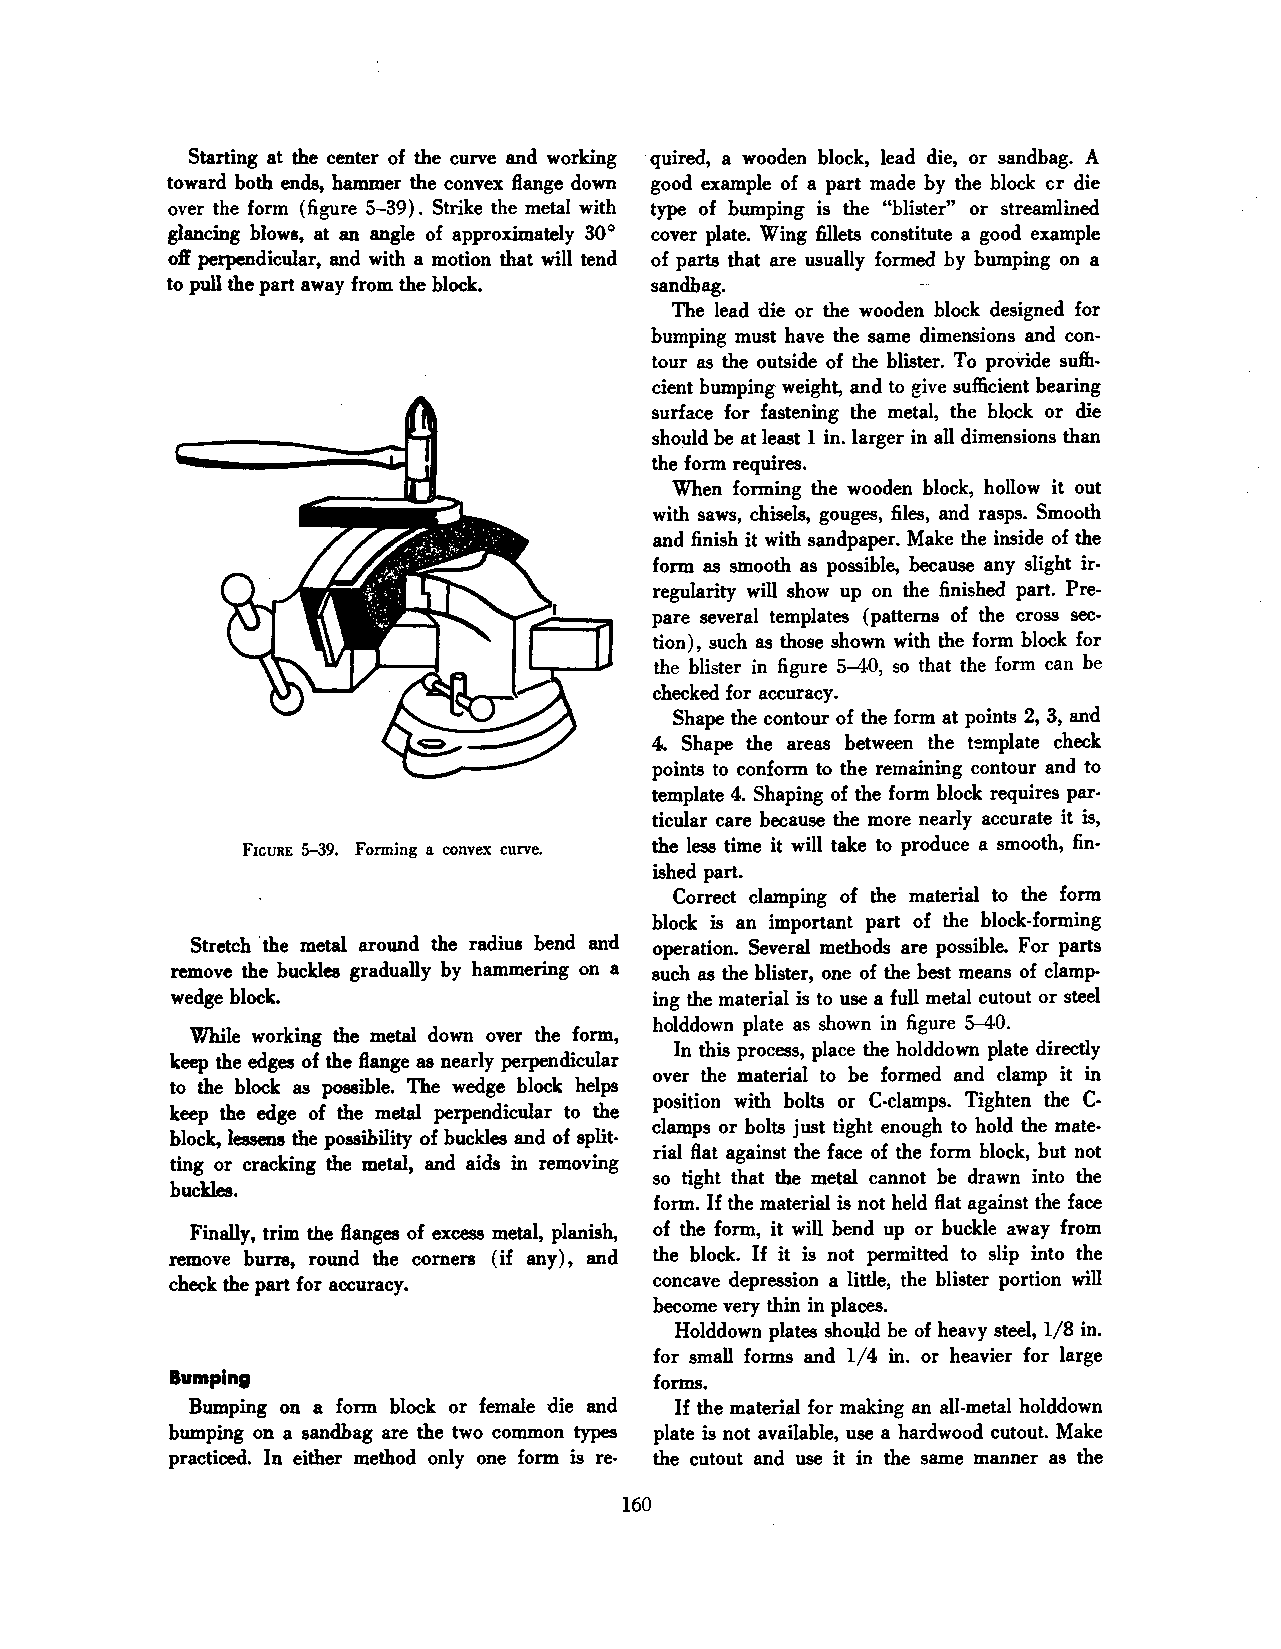
Starting at the center of the curve and working · quired, a wooden block, lead die, or sandbag. A
 toward both ends, hammer the convex flange down good example of a part made by the block cr die
 over the form (figure 5-39). Strike the metal with type of bumping is the "blister" or streamlined
 glancing blows, at an angle of approximately 30° cover plate. Wing fillets constitute a good example
 off perpendicular, and with a motion that will tend of parts that are usually formed by bumping on a
 to pull the part away from the block. sandbag.
 The lead die or the wooden block designed for
 bumping must have the same dimensions and con
 tour as the outside of the blister. To provide sufh
 cient bumping weight, and to give sufficient bearing
 surface for fastening the metal, the block or die
 should be at least l in. larger in all dimensions than
 the form requires.
 When forming the wooden block, hollow it out
 with saws, chisels, gouges, files, and rasps. Smooth
 and finish it with sandpaper. Make the inside of the
 form as smooth as possible, because any slight ir
 regularity will show up on the finished part. Pre
 pare several templates (patterns of the cross sec
 tion), such as those shown with the form block for
 the blister in figure 5-40, so that the form can be
 checked for accuracy.
 Shape the contour of the form at points 2, 3, and
 4. Shape the areas between the template check
 points to conform to the remaining contour and to
 template 4. Shaping of the form block requires par
 ticular care because the more nearly accurate it is,
 FIGURE 5-39. Forming a convex curve. the less time it will take to produce a smooth, fin
 ished part.
 Correct clamping of the material to the form
 block is an important part of the block-forming
 Stretch ·the metal around the radius bend and operation. Several methods are possible. For parts
 remove the buckles gradually by hammering on a such as the blister, one of the best means of clamp
 wedge block.                    ing the material is to use a full metal cutout or steel
 holddown plate as shown in figure 5-40.
 While working the metal down over the form,
 In this process, place the holddown plate directly
 keep the edges of· the flange as nearly perpendicular
 over the material to be formed and clamp it in
 to the block as possible. The wedge block helps
 position with bolts or C-clamps. Tighten the C
 keep the edge of the metal perpendicular to the
 clamps or bolts just tight enough to hold the mate
 block, lessens the possibility of buckles and of split
 rial flat against the face of the form block, but not
 ting or cracking the metal, and aids in removing
 so tight that the metal cannot be drawn into the
 buckles.
 form. If the material is not held flat against the face
 Finally, trim the flanges of excess metal, planish, of the form, it will bend up or buckle away from
 remove burm, round the comers (if any), and the block. If it is not permitted to slip into the
 check the part for accuracy.    concave depression a little, the blister portion will
 become very thin in places.
 Holddown plates should be of heavy steel, l/8 in.
 for small forms and l/4 in. or heavier for large
 Bumping                         forms.
 Bumping on a form block or female die and If the material for making an all-metal holddown
 bumping on a sandbag are the two common types plate is not available, use a hardwood cutout. Make
 practiced. In either method only one form is re- the cutout and use it in the same manner as the
 160